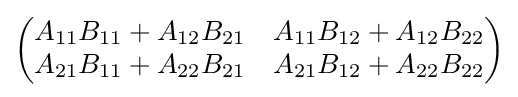
{\begin{pmatrix}A_{11}B_{11}+A_{12}B_{21}&A_{11}B_{12}+A_{12}B_{22}\\A_{21}B_{11}+A_{22}B_{21}&A_{21}B_{12}+A_{22}B_{22}\\\end{pmatrix}}